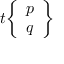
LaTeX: t { \left\{ \begin{array} { l } { p } \\ { q } \end{array} \right\} }